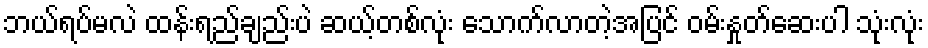
ဘယ်ရပ်မလဲ ထန်းရည်ချည်းပဲ ဆယ့်တစ်လုံး သောက်လာတဲ့အပြင် ဝမ်းနှုတ်ဆေးပါ သုံးလုံး